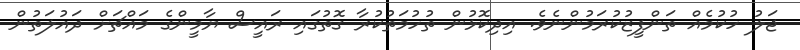
ޖަލު ހުކުމެއް ތަންފީޒުކުރަމުންނެވެ. އިދިކޮޅުން ތުހުމަތުކުރާ ގޮތުގައި ރައީސް ޔާމީންގެ މައްޗަށް ދައުލަތުން